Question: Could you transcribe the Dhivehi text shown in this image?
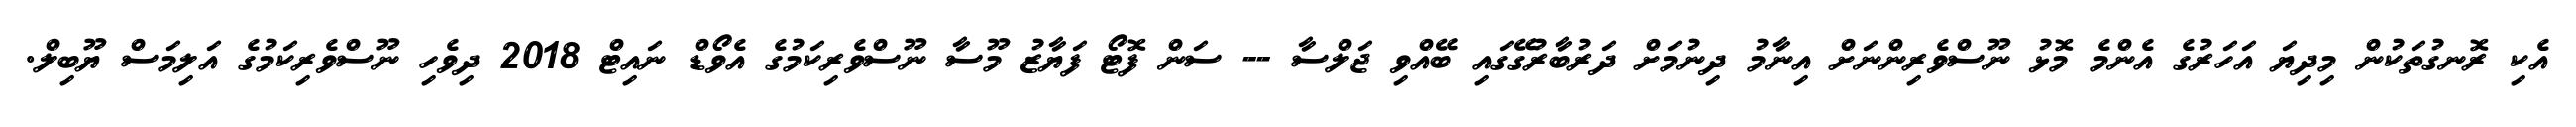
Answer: އެކި ރޮނގުތަކުން މިދިޔަ އަހަރުގެ އެންމެ މޮޅު ނޫސްވެރިންނަށް އިނާމު ދިނުމަށް ދަރުބާރުގޭގައި ބޭއްވި ޖަލްސާ -- ސަން ފޮޓޯ ފަޔާޒު މޫސާ ނޫސްވެރިކަމުގެ އެވޯޑް ނައިޓް 2018 ދިވެހި ނޫސްވެރިކަމުގެ އަލިމަސް ޔޫބިލް.